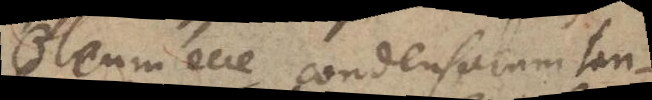
Oleum ecce condensatum tan-